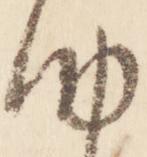
納